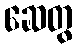
ဆေတွ